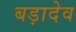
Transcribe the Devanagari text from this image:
बड़ादेव